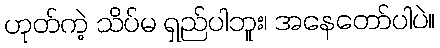
ဟုတ်ကဲ့ သိပ်မ ရှည်ပါဘူး၊ အနေတော်ပါပဲ။